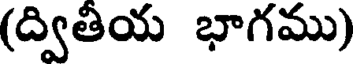
(ద్వితియ భాగము)